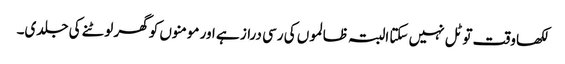
لکھا وقت تو ٹل نہیں سکتا البتہ ظالموں کی رسی دراز ہے اور مومنوں کو گھر لوٹنے کی جلدی۔